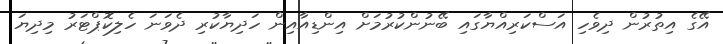
އޭގެ އިތުުރުން ދިވެހި އަސްކަރިއްޔާގައި ބޭނުންކުރުމަށް އިންޑިއާއިން ހަދިޔާކުރި ދެވަނަ ހެލިކޮޕްޓަރު މިދިޔަ